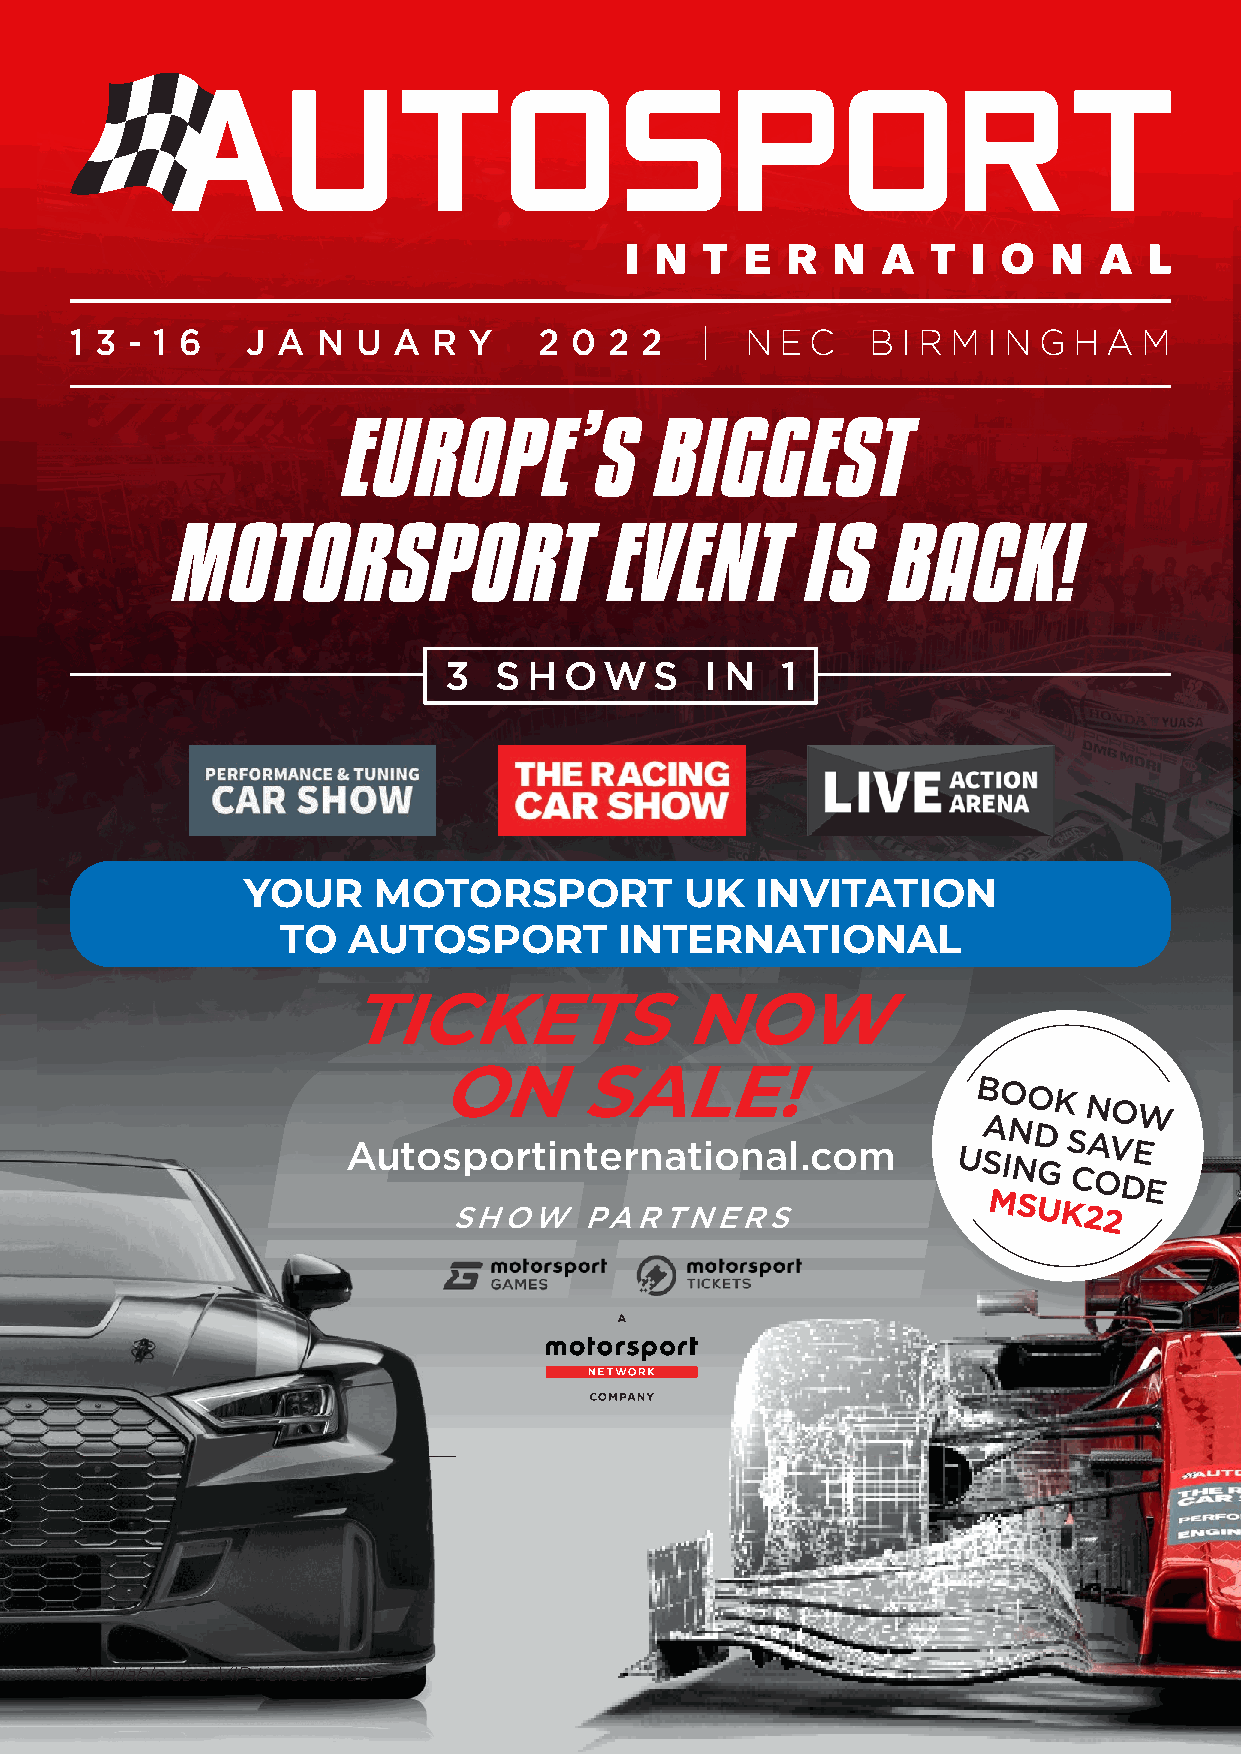
1 3 - 1 6  J A  N  U A  R Y    2 0 2 2   |  N  E C   B I R M I N G H A M
 EUROPE’S             BIGGEST
 MOTORSPORT                   EVENT        IS   BACK!
 3   S H OWS       I N  1
 YOUR     MOTORSPORT          UK   INVITATION
 TO  AUTOSPORT         INTERNATIONAL
 TICKETS               NOW
 ON       SALE!
 Autosportinternational.com
 UB SAO
 IN
 NO
 D
 GK
 S
 C
 N
 A
 OVO DEW
 E
 SHOW     PARTNERS
 MSUK22
 *Available as a VIP ticket holder